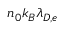
n _ { 0 } k _ { B } \lambda _ { D , e }